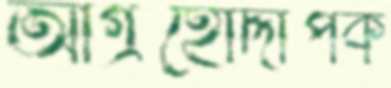
আগ্রহোদ্দীপক